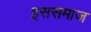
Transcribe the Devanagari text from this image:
इससमाज